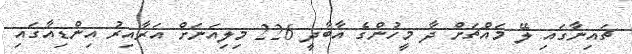
ޗައިނާގައި ލޭ މައްޗަށް ދާ މީހުންގެ އާބާދީ 226 މިލިއަނަށް އަރާއިރު އިންޑިއާގައި